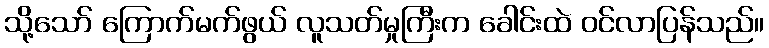
သို့သော် ကြောက်မက်ဖွယ် လူသတ်မှုကြီးက ခေါင်းထဲ ဝင်လာပြန်သည်။